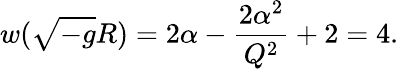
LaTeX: w(\sqrt{-g}R)=2\alpha-{\frac{2\alpha^{2}}{Q^{2}}}+2=4.